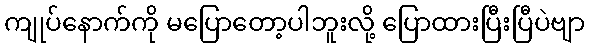
ကျုပ်နောက်ကို မပြောတော့ပါဘူးလို့ ပြောထားပြီးပြီပဲဗျာ